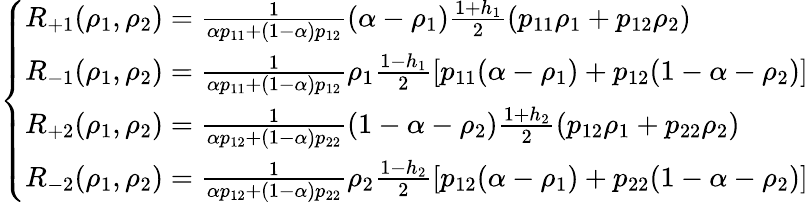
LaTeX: \left\{ \begin{array}{ll}{R_{+1}(\rho_{1},\rho_{2})=\frac{1}{\alpha p_{11}+(1-\alpha)p_{12}}(\alpha-\rho_{1})\frac{1+h_{1}}{2}(p_{11}\rho_{1}+p_{12}\rho_{2})}\\ {R_{-1}(\rho_{1},\rho_{2})=\frac{1}{\alpha p_{11}+(1-\alpha)p_{12}}\rho_{1}\frac{1-h_{1}}{2}[p_{11}(\alpha-\rho_{1})+p_{12}(1-\alpha-\rho_{2})]}\\ {R_{+2}(\rho_{1},\rho_{2})=\frac{1}{\alpha p_{12}+(1-\alpha)p_{22}}(1-\alpha-\rho_{2})\frac{1+h_{2}}{2}(p_{12}\rho_{1}+p_{22}\rho_{2})}\\ {R_{-2}(\rho_{1},\rho_{2})=\frac{1}{\alpha p_{12}+(1-\alpha)p_{22}}\rho_{2}\frac{1-h_{2}}{2}[p_{12}(\alpha-\rho_{1})+p_{22}(1-\alpha-\rho_{2})]}\end{array}\right.